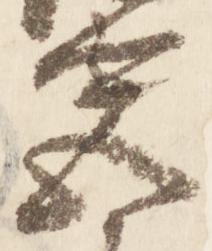
営